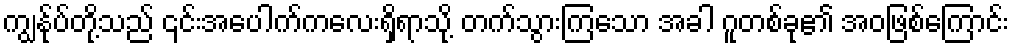
ကျွန်ုပ်တို့သည် ၎င်းအပေါက်ကလေးရှိရာသို့ တက်သွားကြသော အခါ ဂူတစ်ခု၏ အဝဖြစ်ကြောင်း